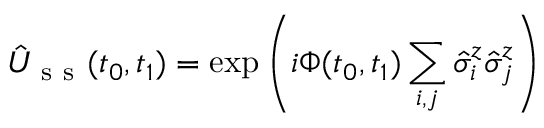
\hat { U } _ { \mathrm { ~ s ~ s ~ } } ( t _ { 0 } , t _ { 1 } ) = \exp \left( { i \Phi ( t _ { 0 } , t _ { 1 } ) \sum _ { i , j } \hat { \sigma } _ { i } ^ { z } \hat { \sigma } _ { j } ^ { z } } \right)